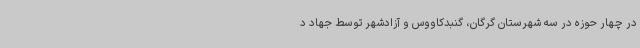
در چهار حوزه در سه شهرستان گرگان، گنبدکاووس و آزادشهر توسط جهاد د